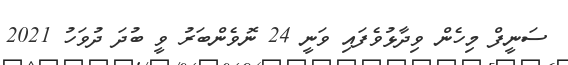
ސަނީފް މިހެން ވިދާޅުވެފައި ވަނީ 24 ނޮވެންބަރު ވީ ބުދަ ދުވަހު 2021